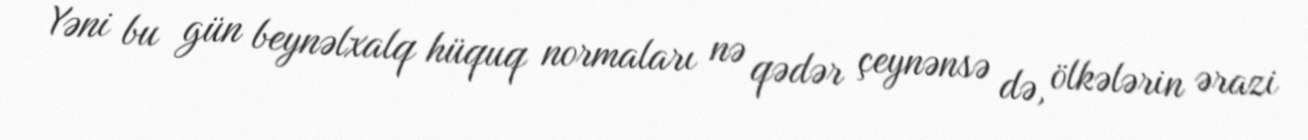
Yəni bu gün beynəlxalq hüquq normaları nə qədər çeynənsə də, ölkələrin ərazi